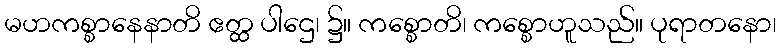
မဟကစ္စာနေနာတိ ဧတ္ထ ပါဌေ၊ ၌။ ကစ္စောတိ၊ ကစ္စောဟူသည်။ ပုရာတနော၊